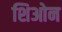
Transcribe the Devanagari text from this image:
शिओन